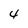
Character: 4